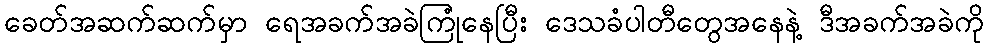
ခေတ်အဆက်ဆက်မှာ ရေအခက်အခဲကြုံနေပြီး ဒေသခံပါတီတွေအနေနဲ့ ဒီအခက်အခဲကို